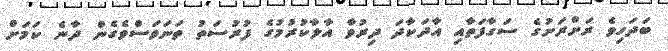
ބަދަހިވެ ރަށްރަށުގެ ސަގާފަތާއި އާދަކާދަ ދިރުވާ އާލާކުރުމުގެ ފުރުސަތު ތަނަވަސްވެގެން ދާނެ ކަމަށް